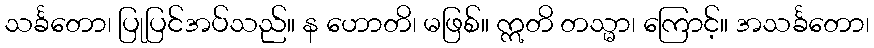
သင်္ခတော၊ ပြုပြင်အပ်သည်။ န ဟောတိ၊ မဖြစ်။ ဣတိ တသ္မာ၊ ကြောင့်။ အသင်္ခတော၊